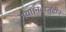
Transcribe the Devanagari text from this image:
गया।नवाज़ुद्दीन